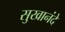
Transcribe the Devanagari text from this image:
सुखानंदे